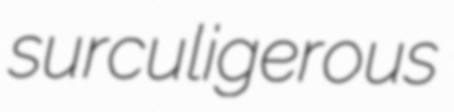
surculigerous